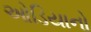
ઓડિયાનો